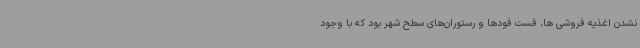
نشدن اغذیه فروشی ها، فست فودها و رستوران‌های سطح شهر بود که با وجود